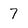
Character: 7